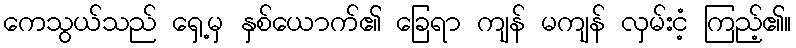
ကေသွယ်သည် ရှေ့မှ နှစ်ယောက်၏ ခြေရာ ကျန် မကျန် လှမ်းငံ့ ကြည့်၏။